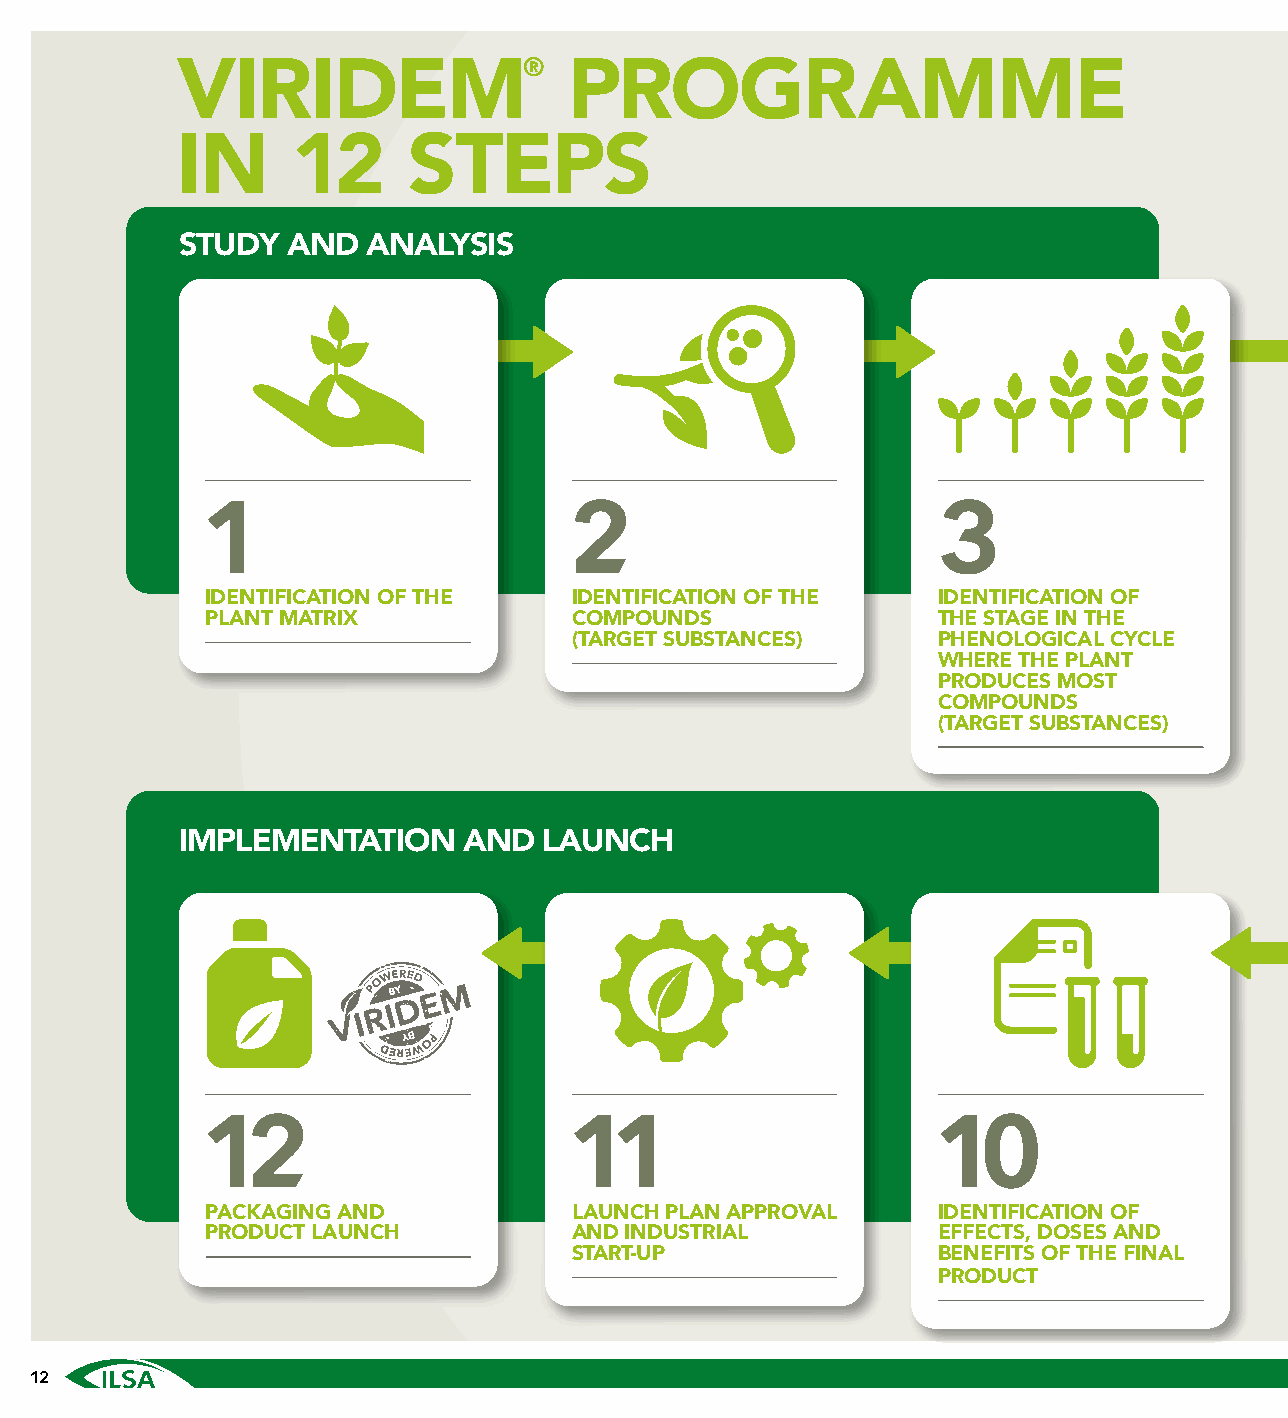
®
 VIRIDEM                   PROGRAMME
 IN     12      STEPS
 STUDY  AND  ANALYSIS
 1                       2                       3
 IDENTIFICATION OF THE   IDENTIFICATION OF THE   IDENTIFICATION OF
 PLANT MATRIX            COMPOUNDS               THE STAGE IN THE
 (TARGET SUBSTANCES)     PHENOLOGICAL CYCLE
 WHERE THE PLANT
 PRODUCES MOST
 COMPOUNDS
 (TARGET SUBSTANCES)
 IMPLEMENTATION     AND  LAUNCH
 12                      11                      10
 PACKAGING AND           LAUNCH PLAN APPROVAL    IDENTIFICATION OF
 PRODUCT LAUNCH          AND INDUSTRIAL          EFFECTS, DOSES AND
 START-UP                BENEFITS OF THE FINAL
 PRODUCT
 12